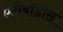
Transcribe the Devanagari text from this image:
एंटीबॉडीस